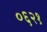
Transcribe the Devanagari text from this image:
०६२१